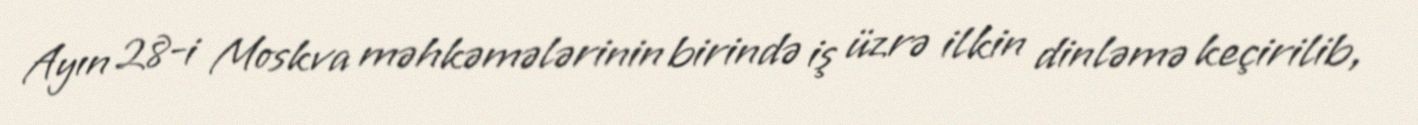
Ayın 28-i Moskva məhkəmələrinin birində iş üzrə ilkin dinləmə keçirilib,